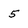
Character: 5